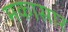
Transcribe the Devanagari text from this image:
मकासार